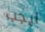
ايجب